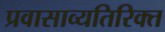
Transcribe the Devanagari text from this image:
प्रवासाव्यतिरिक्त